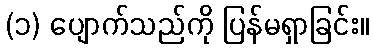
(၁) ပျောက်သည်ကို ပြန်မရှာခြင်း။